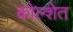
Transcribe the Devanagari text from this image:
कोल्शेत